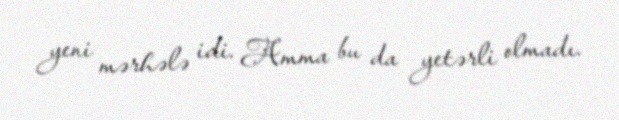
yeni mərhələ idi. Amma bu da yetərli olmadı.